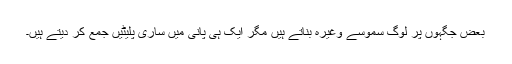
بعض جگہوں پر لوگ سموسے وغیرہ بناتے ہیں مگر ایک ہی پانی میں ساری پلیٹیں جمع کر دیتے ہیں۔